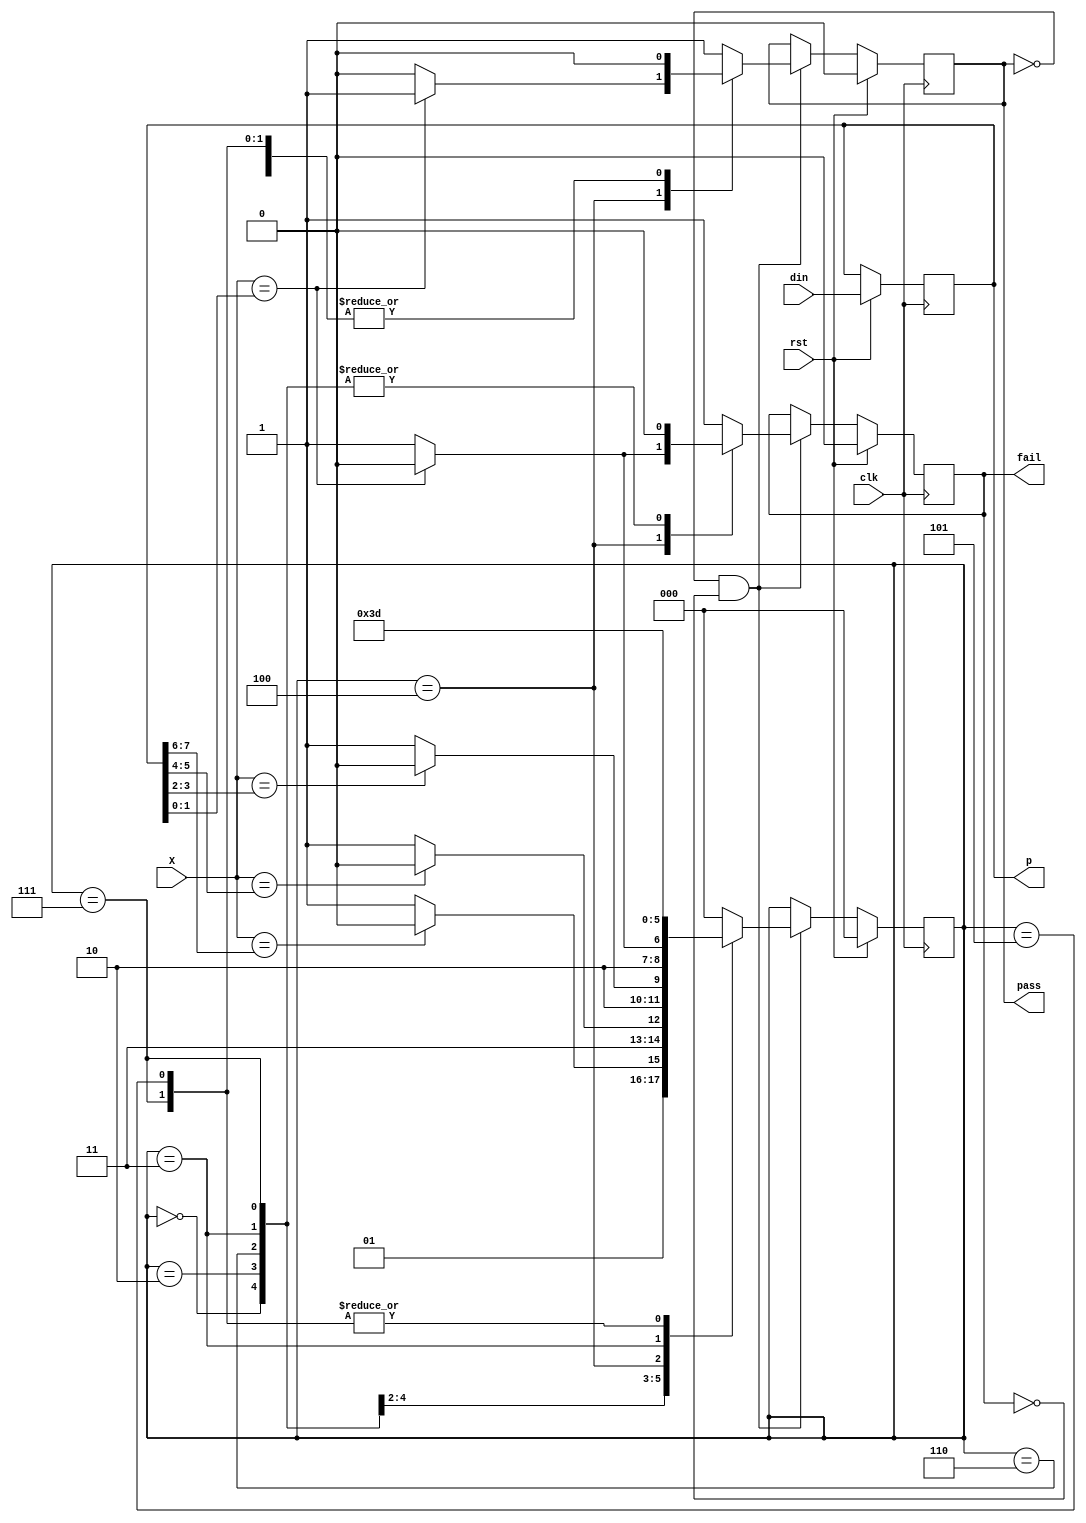
module mealy(input [7:0] din, //4个2位二进制密码
             input clk,     //模拟时钟+输入按键
             input rst,     //重置信号，只有重置时才能设置密码
             input [1:0]X,       //当前输入
            //  output reg [6:0] ld_curr,
             output [7:0] p, //已设置的密码
             output pass,   //正确信号
             output fail);  //错误信号

parameter S0 = 3'b000, S1 = 3'b010, S2 = 3'b110, S3 = 3'b100,
          S4 = 3'b011, S5 = 3'b111, S6 = 3'b101;

reg [2:0] curr_state;
reg [7:0] p;
reg pass;
reg fail;

// always @(curr_state) begin
//     if (curr_state == S0)
//         ld_curr = 7'b1000000;
//     else if (curr_state == S1)
//         ld_curr = 7'b0100000;
//     else if (curr_state == S2)
//         ld_curr = 7'b0010000;
//     else if (curr_state == S3)
//         ld_curr = 7'b0001000;
//     else if (curr_state == S4)
//         ld_curr = 7'b0000100;
//     else if (curr_state == S5)
//         ld_curr = 7'b0000010;
//     else if (curr_state == S6)
//         ld_curr = 7'b0000001;
//     else
//         ld_curr = 7'b0;
// end

//按键上升沿赋值，下降沿在状态机里检测
always @(negedge clk) begin
    if (rst) begin //重置
        fail <= 1'b0;
        pass <= 1'b0;
        curr_state <= S0;
        p <= din;
    end else begin
        if (!pass && !fail) //如果某一个为1说明已经输入了4位，不再接受输入
            case (curr_state)
                S0: if (X == p[7:6]) begin
                        curr_state <= S1;
                        pass <= 1'b0;
                        fail <= 1'b0;
                    end else begin
                        curr_state <= S4;
                        pass <= 1'b0;
                        fail <= 1'b0;
                    end
                S1: if (X == p[5:4]) begin
                        curr_state <= S2;
                        pass <= 1'b0;
                        fail <= 1'b0;
                    end else begin
                        curr_state <= S5;
                        pass <= 1'b0;
                        fail <= 1'b0;
                    end
                S2: if (X == p[3:2]) begin
                        curr_state <= S3;
                        pass <= 1'b0;
                        fail <= 1'b0;
                    end else begin
                        curr_state <= S6;
                        pass <= 1'b0;
                        fail <= 1'b0;
                    end
                S3: if (X == p[1:0]) begin
                        curr_state <= S3;
                        pass <= 1'b1;
                        fail <= 1'b0;
                    end else begin
                        curr_state <= S6;
                        pass <= 1'b0;
                        fail <= 1'b1;
                    end
                S4: begin
                        curr_state <= S5;
                        pass <= 1'b0;
                        fail <= 1'b0;
                    end
                S5: begin
                        curr_state <= S6;
                        pass <= 1'b0;
                        fail <= 1'b0;
                    end
                S6: begin
                        curr_state <= S6;
                        pass <= 1'b0;
                        fail <= 1'b1;
                    end
                default: begin
                        //不应该出现的情况
                            curr_state <= S0;
                            pass <= 1'b1;
                            fail <= 1'b1;
                        end
            endcase
    end
end

endmodule